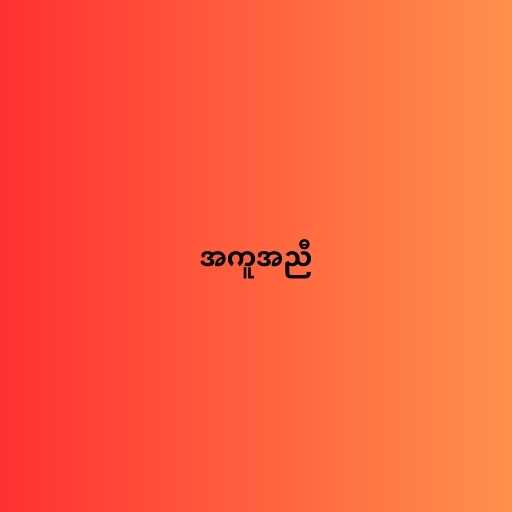
အကူအညီ